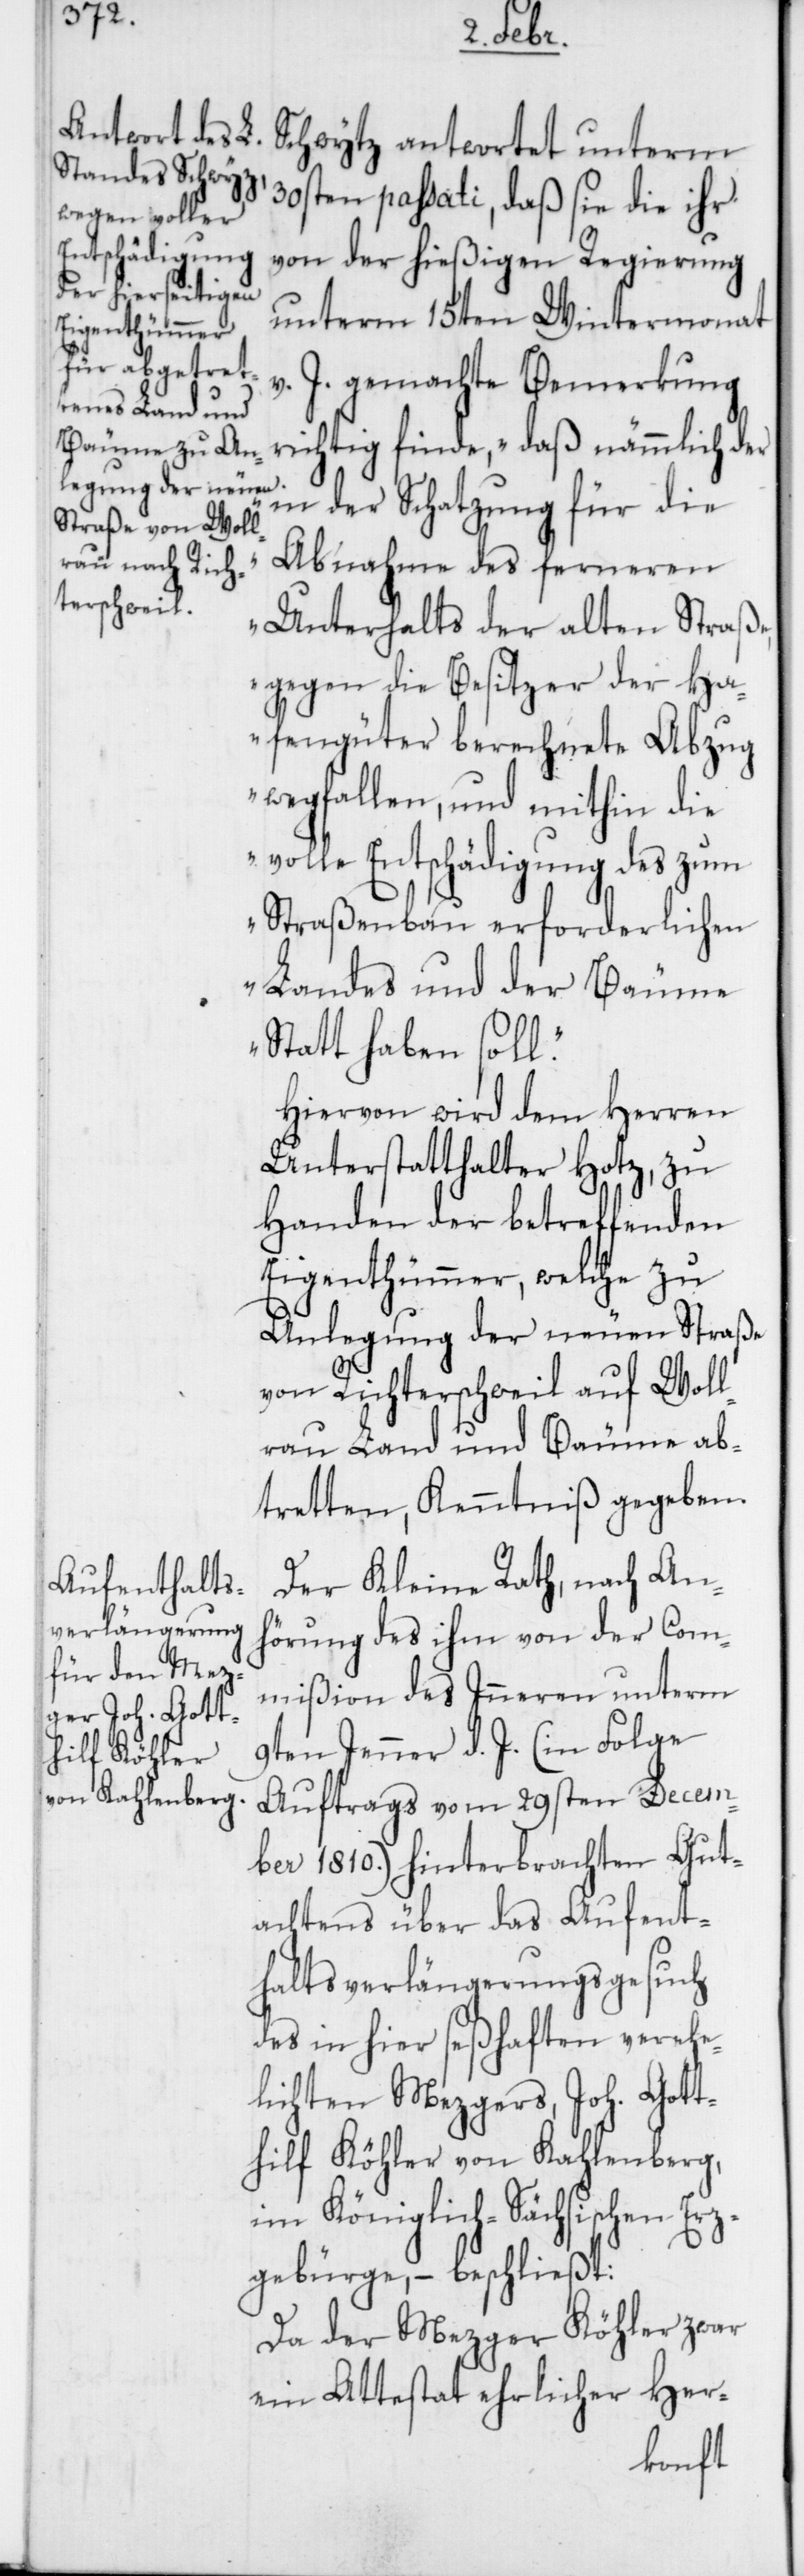
30sten passati, daß sie die ihr
von der hießigen Regierung
unterm 15ten Wintermonat
v. J. gemachte Bemerkung
richtig finde, „daß nämmlich der
in der Schatzung für die
Abnahme des ferneren
Unterhalts der alten Straße,
gegen die Besitzer der Ha¬
fengüter berechnete Abzug
wegfallen, und mithin die
volle Entschädigung des zum
Straßenbau erforderlichen
Landes und der Bäume
Statt haben soll.“
Hiervon wird dem Herren
Unterstatthalter Hotz, zu
Handen der betreffenden
Eigenthümer, welche zu
Anlegung der neuen Straße
von Richerschweil auf Woll¬
rau Land und Bäume ab¬
tretten, Kenntniß gegeben.
Der Kleine Rath, nach An¬
hörung des ihm von der Com¬
mißion des Inneren unterm
9ten Jenner d. J. (in Folge
Auftrags vom 29sten Decem¬
ber 1810.) hinterbrachten Gut¬
achtens über das Aufent¬
halts-Verlängerungsgesuch
des in hier seßhaften verehe¬
lichten Mezgers, Joh. Gott¬
hilf Köhler von Kahlenberg,
im Königlich-Sächsischen Erz¬
gebürge, – beschließt:
Da der Mezger Köhler zwar
ein Attestat ehrlicher Her-